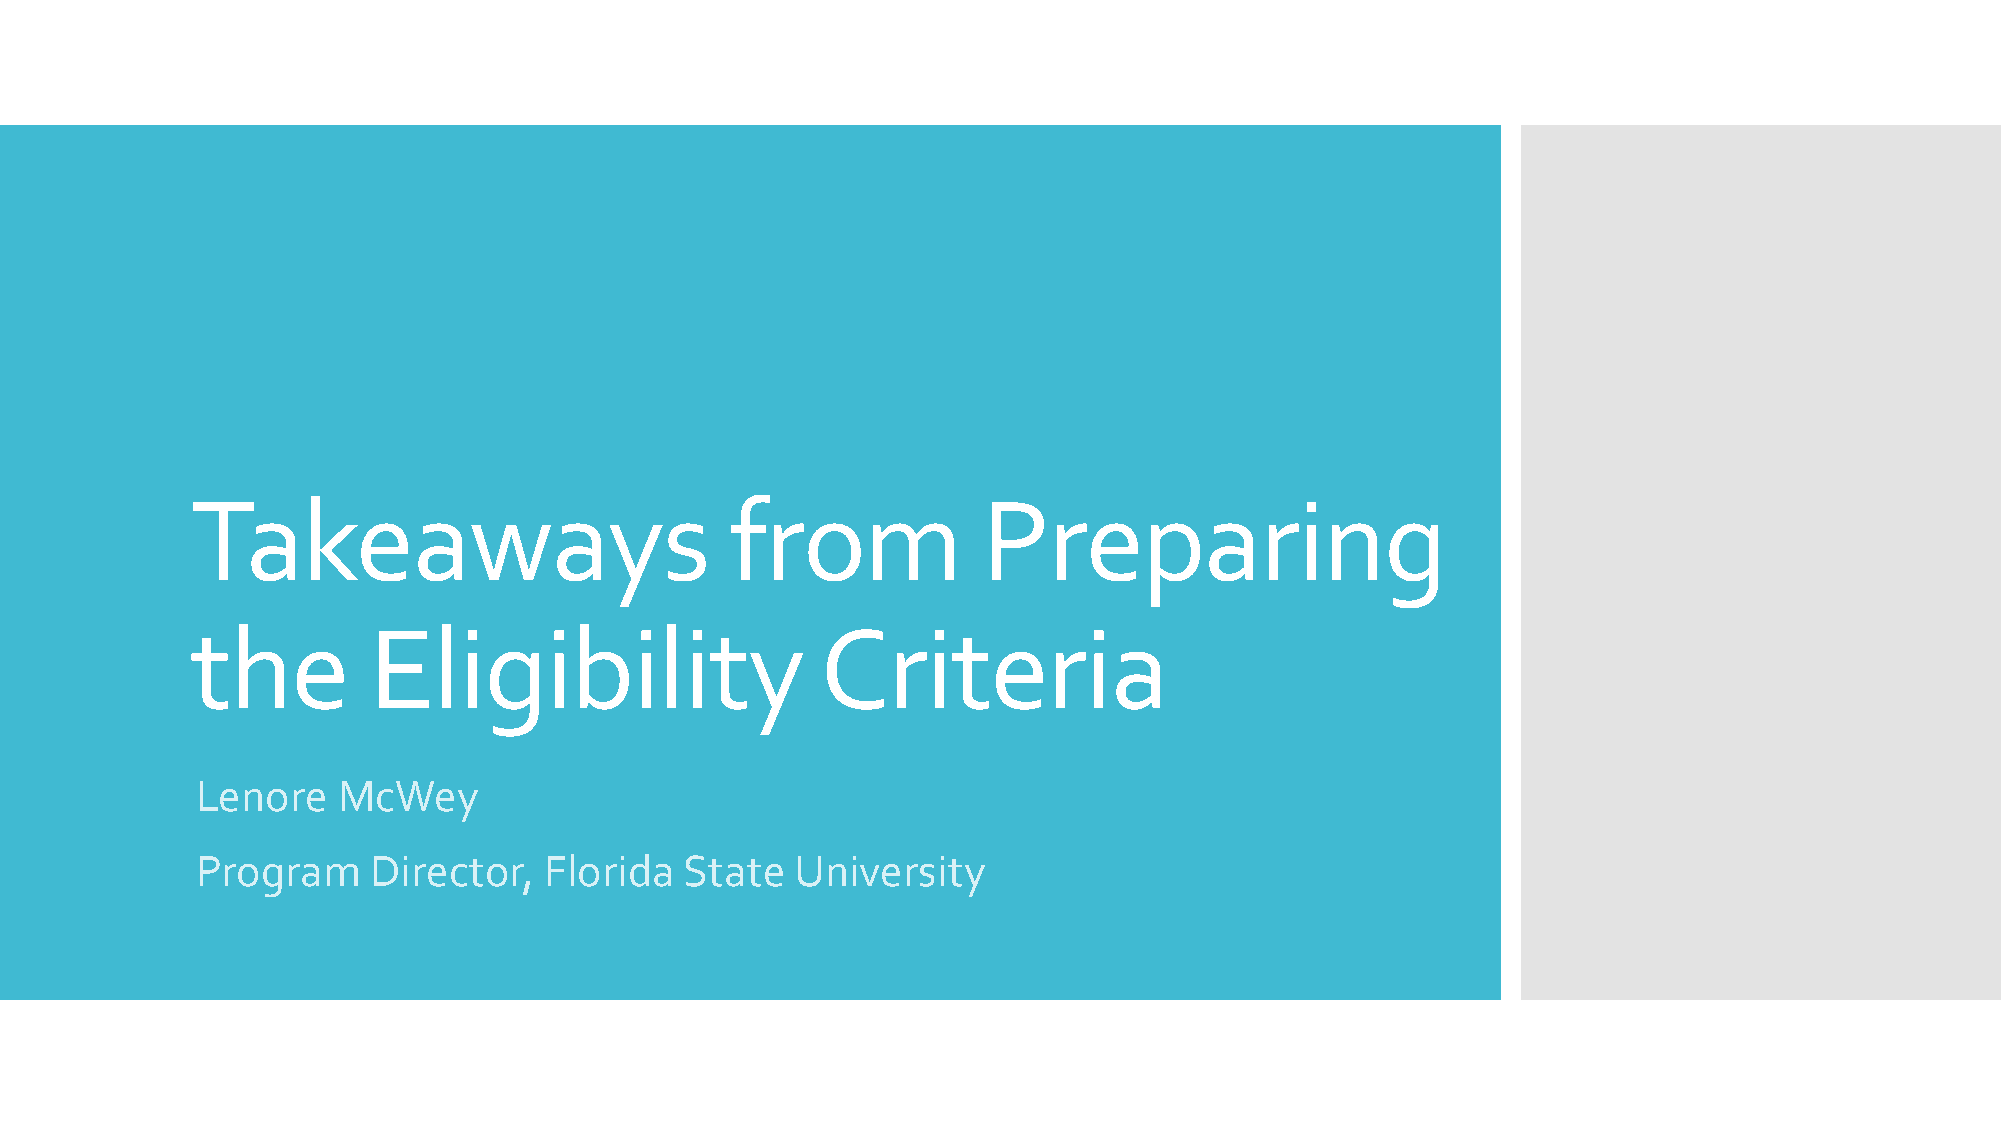
Takeaways                          from             Preparing
 the        Eligibility                   Criteria
 Lenore   McWey
 Program     Director,  Florida  State   University